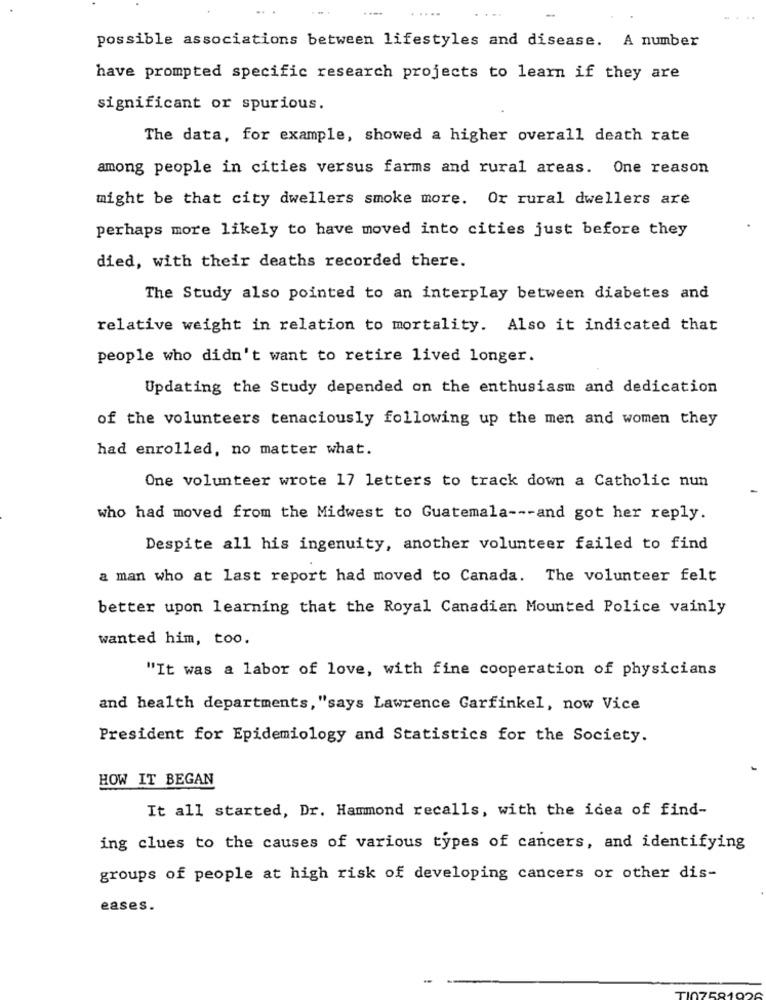
possible associations between lifestyles and disease. A number
have prompted specific research projects to learn if they are
significant or spurious.
The data, for example, showed a higher overall death rate
among people in cities versus farms and rural areas. One reason
might be that city dwellers smoke more. Or rural dwellers are
perhaps more likely to have moved into cities just before they
died, with their deaths recorded there.
The Study also pointed to an interplay between diabetes and
relative weight in relation to mortality. Also it indicated that
people who didn't want to retire lived longer.
Updating the Study depended on the enthusiasm and dedication
of the volunteers tenaciously following up the men and women they
had enrolled, no matter what.
One volunteer wrote 17 letters to track down a Catholic nun
who had moved from the Midwest to Guatemala --- and got her reply.
Despite all his ingenuity, another volunteer failed to find
a man who at last report had moved to Canada. The volunteer felt
better upon learning that the Royal Canadian Mounted Police vainly
wanted him, too.
"It was a labor of love, with fine cooperation of physicians
and health departments, "says Lawrence Garfinkel, now Vice
President for Epidemiology and Statistics for the Society.
HOW IT BEGAN
It all started, Dr. Hammond recalls, with the idea of find-
ing clues to the causes of various types of cancers, and identifying
groups of people at high risk of developing cancers or other dis-
eases.